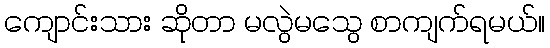
ကျောင်းသား ဆိုတာ မလွဲမသွေ စာကျက်ရမယ်။